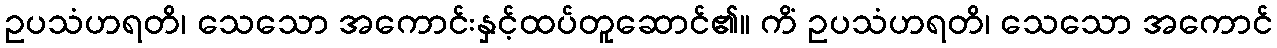
ဥပသံဟရတိ၊ သေသော အကောင်းနှင့်ထပ်တူဆောင်၏။ ကိံ ဥပသံဟရတိ၊ သေသော အကောင်